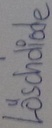
Text: Löschdiode